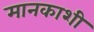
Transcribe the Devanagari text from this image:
मानकाशी